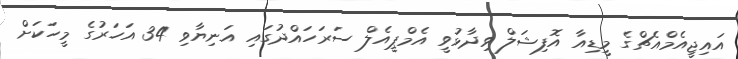
އައިޖީއެމްއެޗްގެ މީޑިއާ އޮފިޝަލް ވިދާޅުވީ އެމްޕީއެލް ސަރަހައްދުގައި އަނިޔާވި 34 އަަހަރުގެ މީހަކަށް